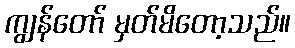
ကျွန်တော် မှတ်မိတော့သည်။